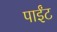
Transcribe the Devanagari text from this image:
पाईंट